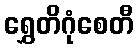
ရွှေတိဂုံစေတီ